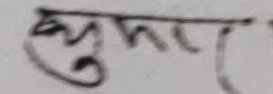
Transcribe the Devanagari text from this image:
भुमर